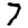
Digit: 7